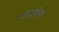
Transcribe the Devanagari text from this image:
शोइछिरो